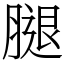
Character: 腿